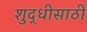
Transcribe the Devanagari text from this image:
शुद्धीसाठी